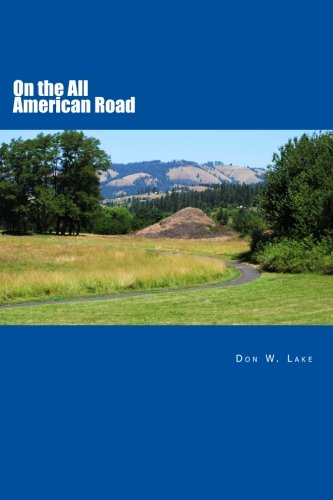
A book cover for On the All American Road: US Route 12:  Detroit Michigan, to Aberdeen, Washington; Don W Lake; Travel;